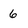
Character: 6